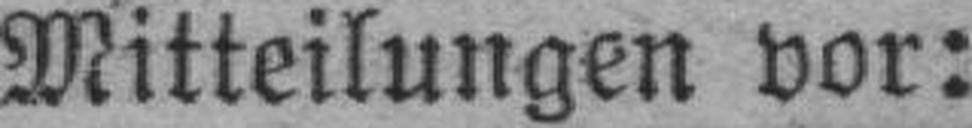
Mitteilungen vor: